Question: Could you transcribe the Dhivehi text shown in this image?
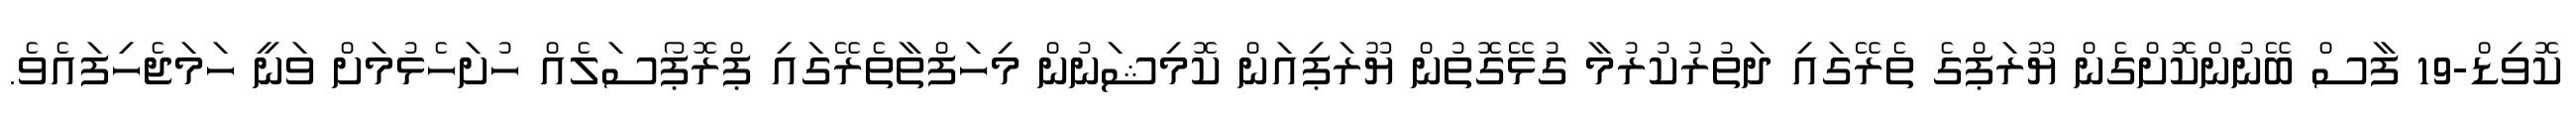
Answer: ކޮވިޑް-19 ފާސް ބޭނުންކޮށްގެން ޔޫރަޕްގެ ތެރޭގައި ދަތުރުކުރުމާ ގުޅޭގޮތުން ޔޫރަޕިއަން ކޮމިޝަނުން މިހަފްތާތެރޭގައި ޕްރޮޕޯސަލެއް ހުށަހެޅުމަށް ވަނީ ހަމަޖެހިފައެވެ.